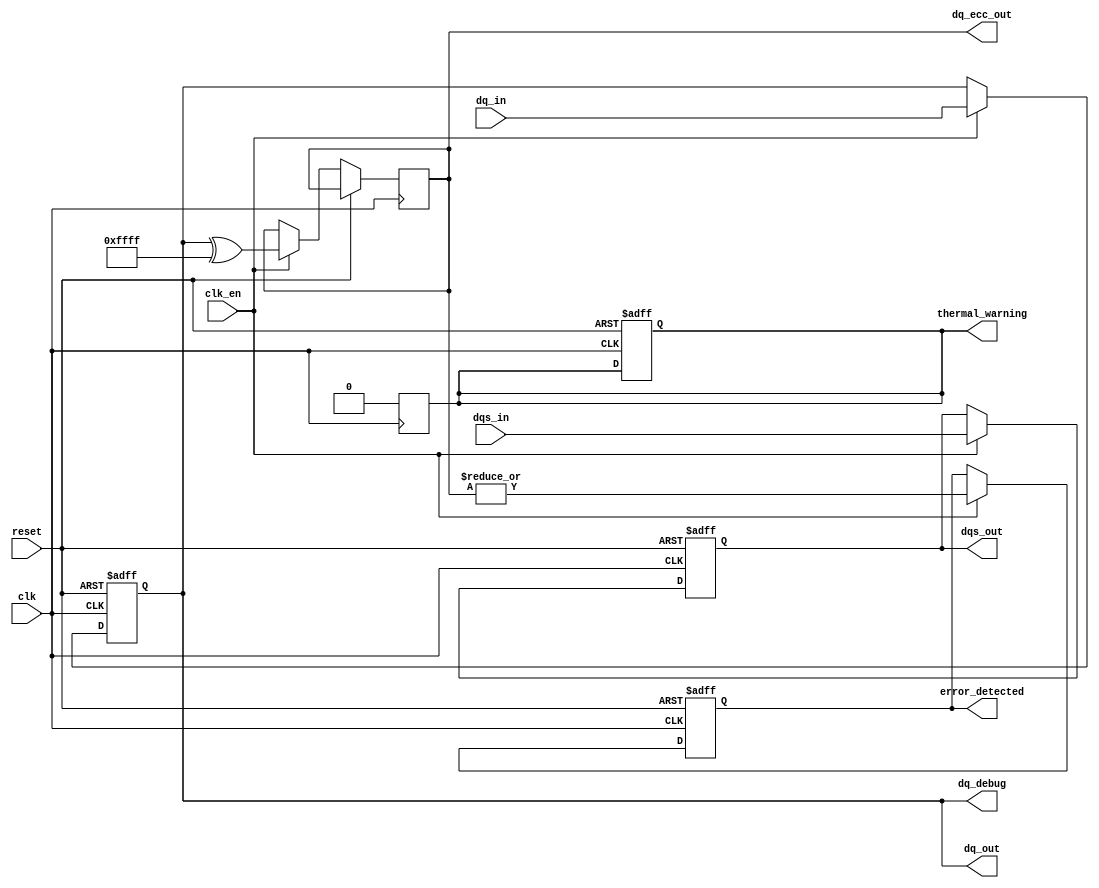
module gddr6_io_block (
    input wire clk,                // Clock input
    input wire clk_en,             // Clock enable
    input wire [DQ_WIDTH-1:0] dq_in, // Data input
    output wire [DQ_WIDTH-1:0] dq_out, // Data output
    input wire dqs_in,             // Data Strobe input
    output wire dqs_out,           // Data Strobe output
    input wire reset,              // Reset signal
    output wire [DQ_WIDTH-1:0] dq_ecc_out, // ECC output
    output wire error_detected,     // Error detected signal
    output wire thermal_warning,     // Thermal warning signal
    output wire [DQ_WIDTH-1:0] dq_debug // Debug output
);

parameter DQ_WIDTH = 16; // Number of data lines
parameter ECC_ENABLE = 1; // Enable ECC
parameter THERMAL_MONITOR_ENABLE = 1; // Enable thermal monitoring

// Internal signals
reg [DQ_WIDTH-1:0] dq_reg;
reg dqs_reg;
reg [DQ_WIDTH-1:0] dq_ecc_reg;
reg error_flag;
reg thermal_flag;

// Clock Generation (PLL simulation)
always @(posedge clk or posedge reset) begin
    if (reset) begin
        dq_reg <= 0;
        dqs_reg <= 0;
        error_flag <= 0;
        thermal_flag <= 0;
    end else if (clk_en) begin
        // Simulate data transfer
        dq_reg <= dq_in; // Capture incoming data
        dqs_reg <= dqs_in; // Capture DQS signal
        // Simulate ECC operation
        if (ECC_ENABLE) begin
            // Simple parity check for demonstration
            dq_ecc_reg <= dq_reg ^ {DQ_WIDTH{1'b1}}; // Example ECC operation
            error_flag <= |(dq_ecc_reg); // Set error flag if any bit is different
        end
    end
end

// Output assignments
assign dq_out = dq_reg;
assign dqs_out = dqs_reg;
assign dq_ecc_out = dq_ecc_reg;
assign error_detected = error_flag;

// Thermal Management (simplified)
generate
    if (THERMAL_MONITOR_ENABLE) begin
        // Simulate thermal monitoring
        always @(posedge clk) begin
            // Placeholder for thermal monitoring logic
            thermal_flag <= (/* condition for thermal warning */ 0);
        end
        assign thermal_warning = thermal_flag;
    end
endgenerate

// Debug output
assign dq_debug = dq_reg;

endmodule